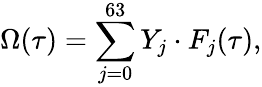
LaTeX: \Omega(\tau)=\sum_{j=0}^{63}Y_{j}\cdot F_{j}(\tau),